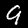
Label: 9